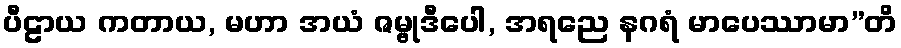
ပီဠာယ ကတာယ, မဟာ အယံ ဇမ္ဗုဒီပေါ, အရညေ နဂရံ မာပေဿာမာ”တိ